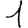
Digit: 1